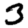
Digit: 3